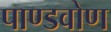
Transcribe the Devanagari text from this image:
पाण्डवोण